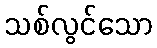
သစ်လွင်သော